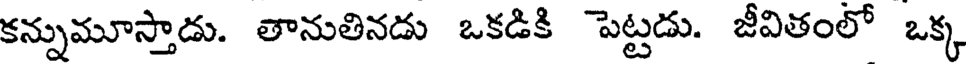
కన్నుమూస్తాడు. తానుతినడు ఒకడికి పెట్టడు. జీవితంలో ఒక్క